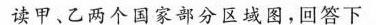
读甲、乙两个国家部分区域图，回答下